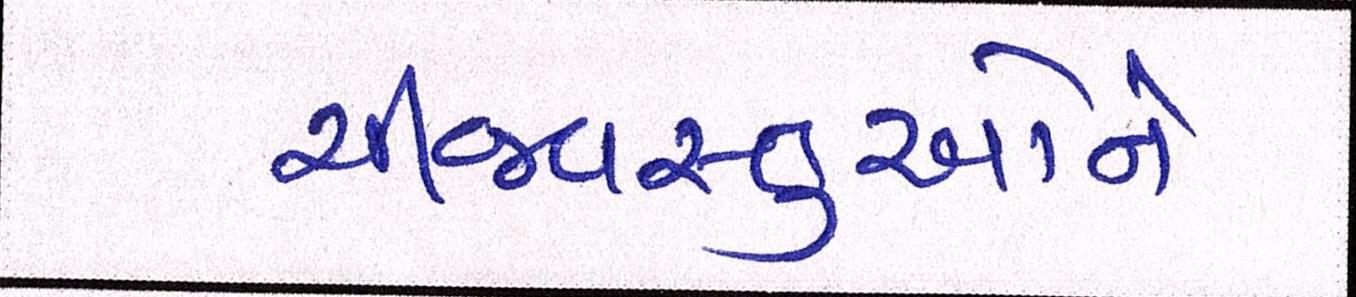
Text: ચીજવસ્તુઓને